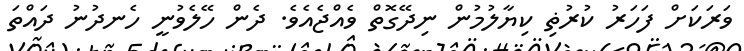
ވަރަކަށް ފަހަރު ކުރުޡި ކިޔާލުމުން ނިދޭގޮތް ވެއްޖެއެވެ. ދެން ހޭލެވުނީ ހެނދުނު ދައްތަ